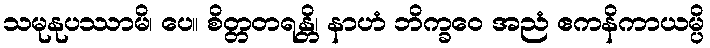
သမုနုပဿာမိ၊ ပေ။ စိတ္တတရန္တိ၊ နာဟံ ဘိက္ခဝေ အညံ ဧကနိကာယမ္ပိ